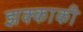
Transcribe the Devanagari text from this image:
झक्काकी